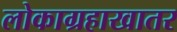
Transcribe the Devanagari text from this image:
लोकाग्रहाखातर